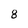
Character: 8